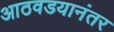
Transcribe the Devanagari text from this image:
आठवडयानंतर